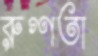
রুগ্ণতা